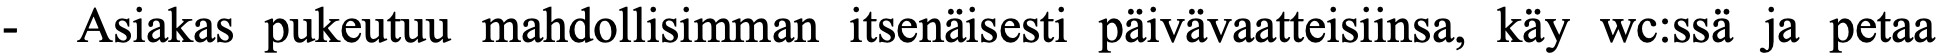
-  Asiakas pukeutuu mahdollisimman itsenäisesti päivävaatteisiinsa, käy wc:ssä ja petaa